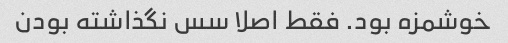
خوشمزه بود. فقط اصلا سس نگذاشته بودن